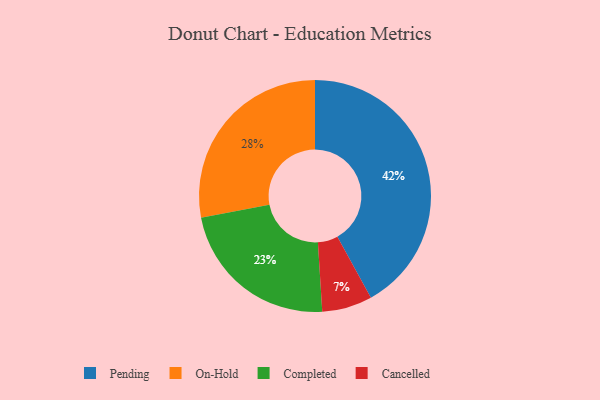
{"axis": {"x": "Category", "y": "Percentage"}, "legend": ["Cancelled", "Completed", "On-Hold", "Pending"], "data": [{"x": "On-Hold", "y": 28, "type": "On-Hold"}, {"x": "Pending", "y": 42, "type": "Pending"}, {"x": "Completed", "y": 23, "type": "Completed"}, {"x": "Cancelled", "y": 7, "type": "Cancelled"}]}